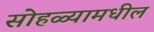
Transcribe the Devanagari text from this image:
सोहळ्यामधील